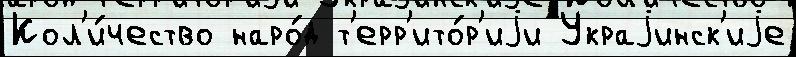
Кол'и́чество наро́д т'ерр'ито́р'иjи Украjинск'иjе